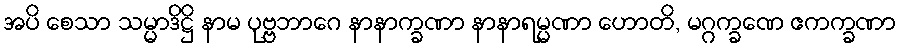
အပိ စေသာ သမ္မာဒိဋ္ဌိ နာမ ပုဗ္ဗဘာဂေ နာနာက္ခဏာ နာနာရမ္မဏာ ဟောတိ, မဂ္ဂက္ခဏေ ဧကက္ခဏာ